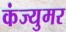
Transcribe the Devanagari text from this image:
कंज्युमर